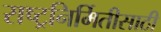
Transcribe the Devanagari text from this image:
राष्ट्रनिर्मितीसाठी